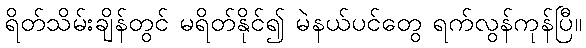
ရိတ်သိမ်းချိန်တွင် မရိတ်နိုင်၍ မဲနယ်ပင်တွေ ရက်လွန်ကုန်ပြီ။